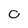
Character: 0